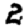
Digit: 2